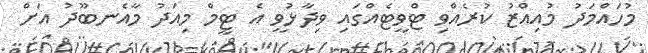
މުހައްމަދު މުއިއްޒު ކުރެއްވި ޓްވީޓެއްގައި ވިދާޅުވީ އެ ޓީމް މިއަދު މާއެނބޫދު އަށް